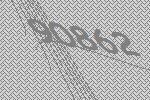
90862